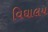
વિઘાલય